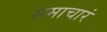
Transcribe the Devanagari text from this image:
समाचारं